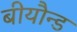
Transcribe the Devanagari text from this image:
बीयौन्ड